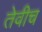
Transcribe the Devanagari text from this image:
तेवीच